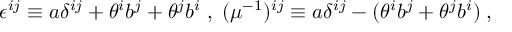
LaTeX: \epsilon ^ { i j } \equiv a \delta ^ { i j } + \theta ^ { i } b ^ { j } + \theta ^ { j } b ^ { i } \; , \; ( \mu ^ { - 1 } ) ^ { i j } \equiv a \delta ^ { i j } - ( \theta ^ { i } b ^ { j } + \theta ^ { j } b ^ { i } ) \; ,